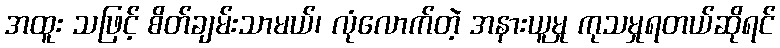
အထူး သဖြင့် စိတ်ချမ်းသာမယ်၊ လုံလောက်တဲ့ အနားယူမှု ကုသမှုရတယ်ဆိုရင်